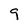
Character: 9